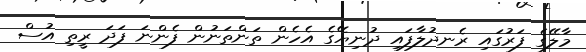
މާލޭގެ ފަރުގައި ރެނދުލާފައި ދުނިޔޭގެ އެހެން ތަންތަނުން ފެންނަ ފަދަ ރީތި އުސް